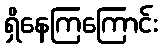
ရှိနေကြကြောင်း